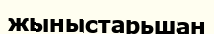
жыныстарьшан